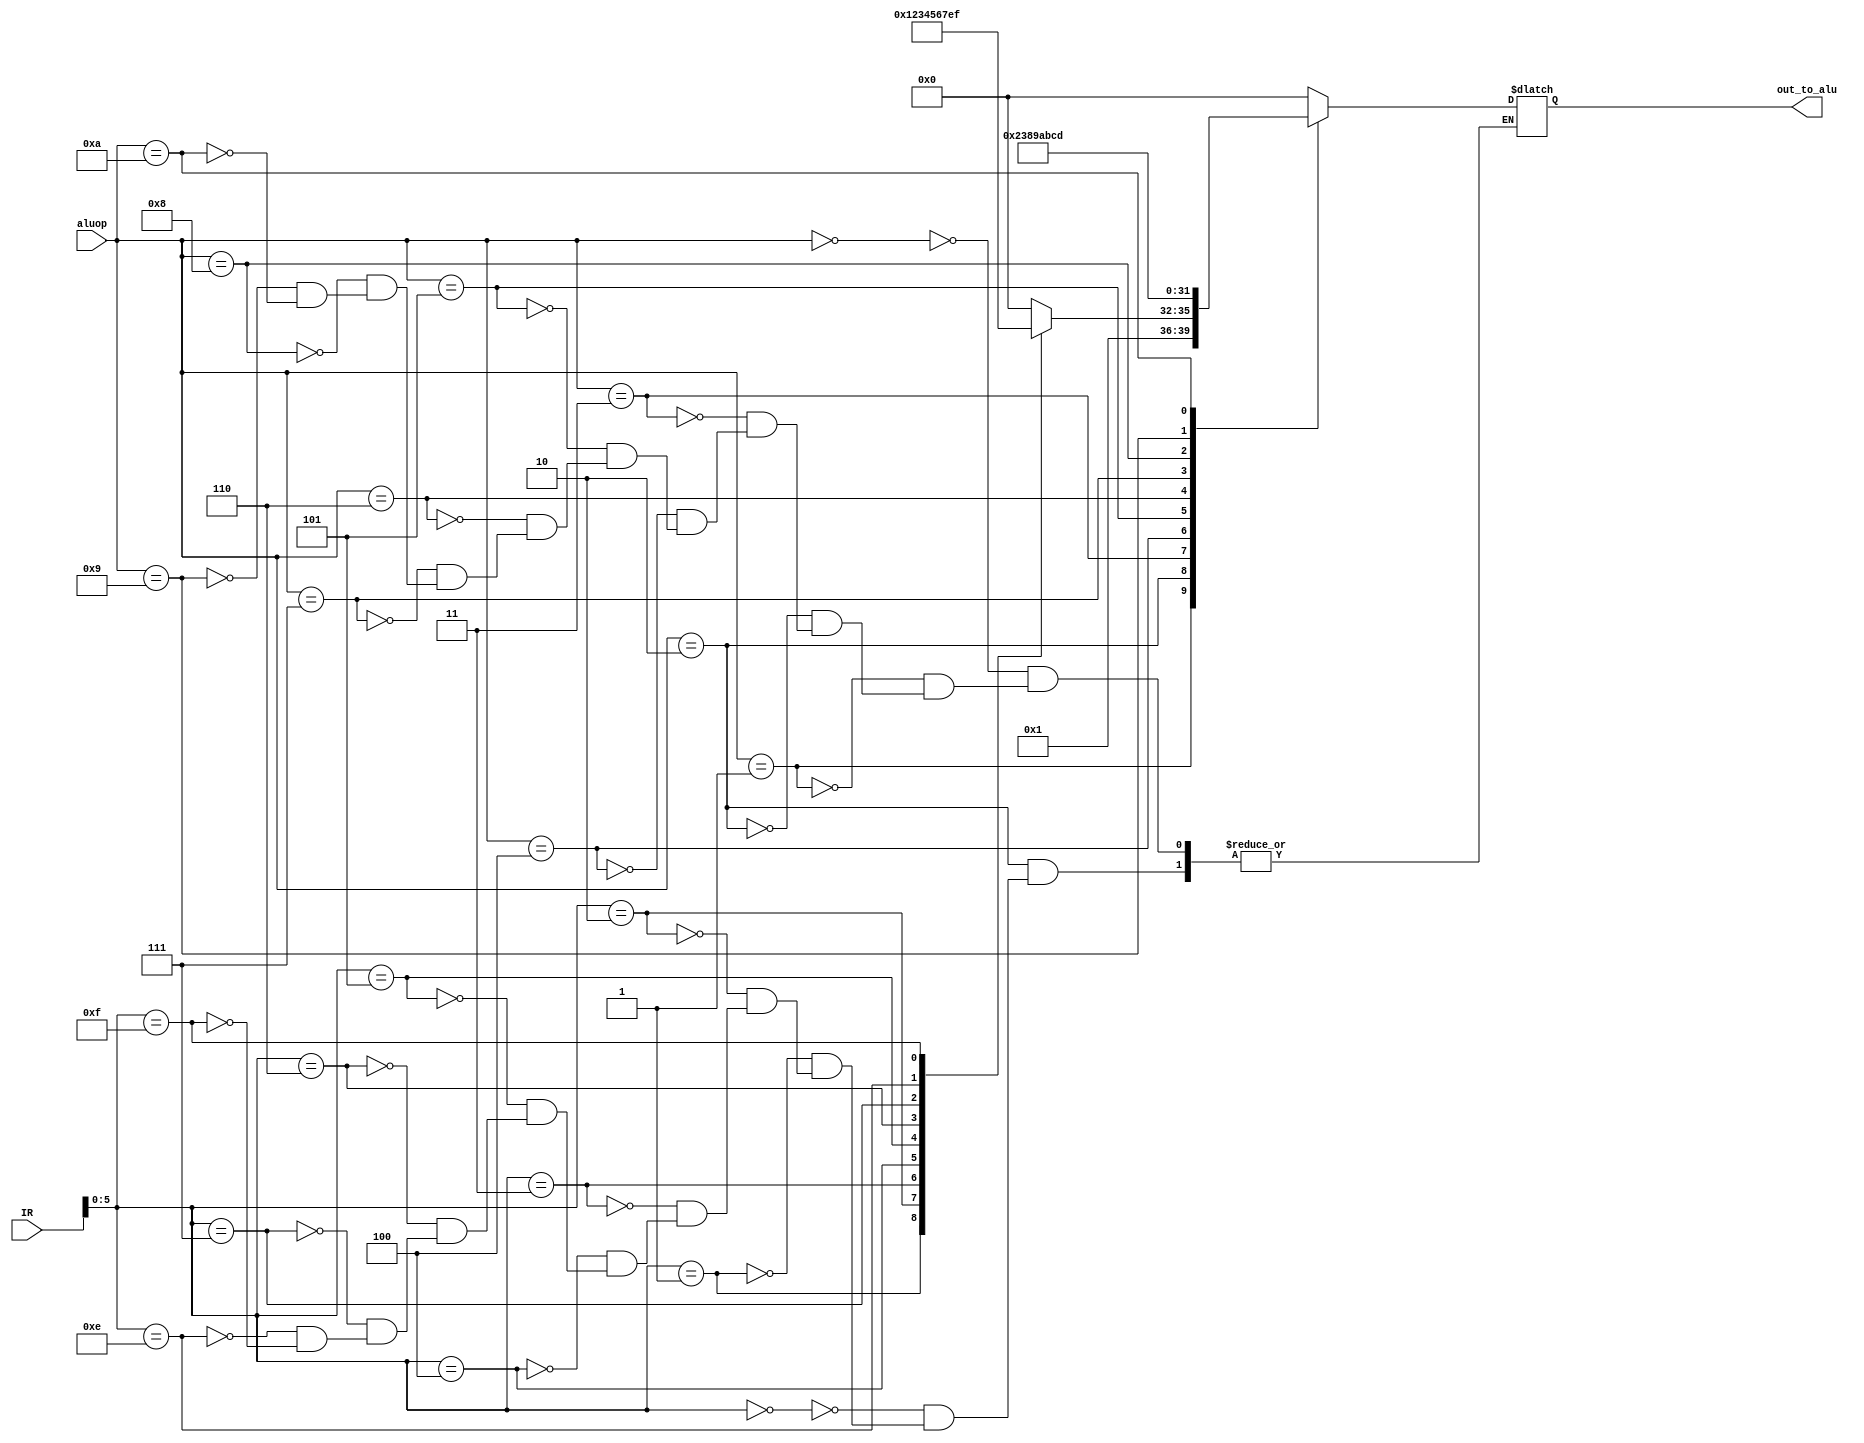
module aluCON (aluop, IR, out_to_alu);
    input [3:0] aluop;
    input [31:0] IR;
    wire [5:0] funct;
    assign funct= IR[5:0];
    output reg [3:0] out_to_alu;
    /*
add 0
sub 1
and 2
or  3
xor 4
nor 5 
sll 6
srl 7
beq 8
bneq 9
bge 10
bgt 11
ble 12
blt 13
    */
always @(*)
    begin
        case(aluop)
            4'b0000:
                out_to_alu <= 4'd0;
            4'b0001:
                out_to_alu <= 4'd1;
            4'b0010:
                begin
                    case(funct)
                        4'h0: out_to_alu <= 4'h0; 
                        4'h1: out_to_alu <= 4'h1; 
                        4'h2: out_to_alu <= 4'h2; 
                        4'h3: out_to_alu <= 4'h3; 
                        4'h4: out_to_alu <= 4'h4; 
                        4'h5: out_to_alu <= 4'h5; 
                        4'h6: out_to_alu <= 4'h6;
                        4'h7: out_to_alu <= 4'h7;
                        4'hE: out_to_alu <= 4'hE;
                        4'hF: out_to_alu <= 4'hF;
                    endcase
                end
            4'b0011:
                out_to_alu <= 4'd2;
            4'b0100:
                out_to_alu <= 4'd3;
            4'b0101:
                out_to_alu <= 4'd8;
            4'b0110:
                out_to_alu <= 4'd9;
            4'b0111:
                out_to_alu <= 4'd10;
            4'b1000:
                out_to_alu <= 4'd11;
            4'b1001:
                out_to_alu <= 4'd12;
            4'b1010:
                out_to_alu <= 4'd13;
        endcase
        
    end
    
    
endmodule